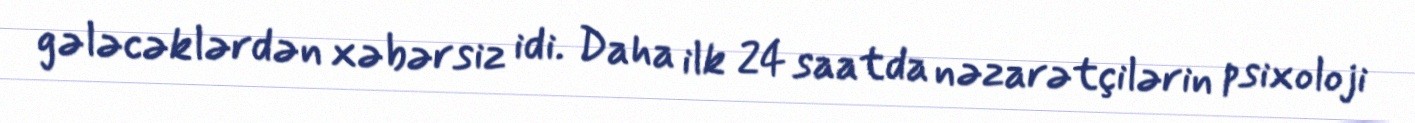
gələcəklərdən xəbərsiz idi. Daha ilk 24 saatda nəzarətçilərin psixoloji